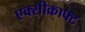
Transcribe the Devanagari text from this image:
एक्सीक्राफ्ट